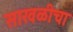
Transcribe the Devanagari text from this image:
साखळीचा